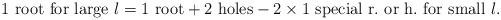
LaTeX: \begin{align*}1\textrm{ root for large }l=1\textrm{ root}+2\textrm{ holes}-2\times 1\textrm{ special r}.\textrm{ or h}.\textrm{ for small }l.\end{align*}